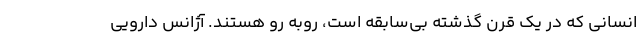
انسانی که در یک قرن گذشته بی‌سابقه است، روبه رو هستند. آژانس دارویی